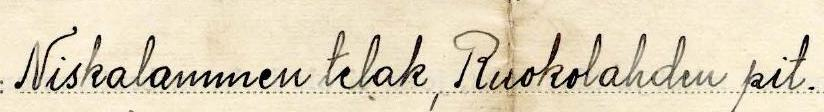
Niskalammen telak, ruokolahden pit.